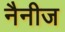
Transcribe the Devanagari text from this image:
नैनीज